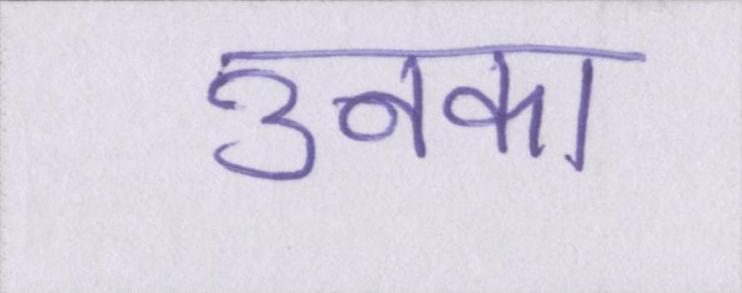
उनका